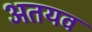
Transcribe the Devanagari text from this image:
अतयव